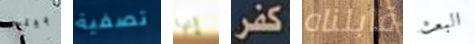
بيتس تصفية إنها كفر قابلناه البعث